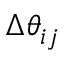
\Delta \theta _ { i j }